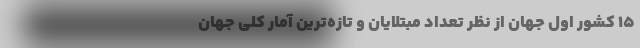
۱۵ کشور اول جهان از نظر تعداد مبتلایان و تازه‌ترین آمار کلی جهان